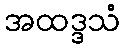
အထဒ္ဒသံ